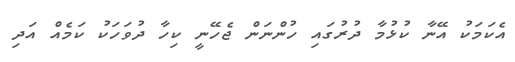
އެކަމަކު އޭނާ ކުޅުމާ ދުރުގައި ހުންނަން ޖެހޭނީ ކިހާ ދުވަހަކު ކަމެއް އަދި